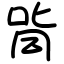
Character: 㖰